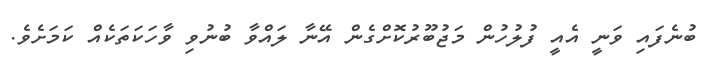
ބުނެފައި ވަނީ އެއީ ފުލުހުން މަޖުބޫރުކޮށްގެން އޭނާ ލައްވާ ބުނުވި ވާހަކަތަކެއް ކަމަށެވެ.